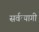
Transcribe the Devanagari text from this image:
सर्वत्यागी